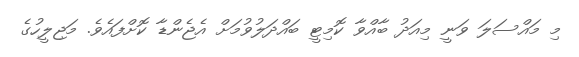
މި މައްސަލަ ވަނީ މިއަދު ބާއްވާ ކޮމިޓީ ބައްދަލުވުމަށް އެޖެންޑާ ކޮށްފައެވެ. މަޖިލީހުގެ